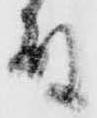
殿